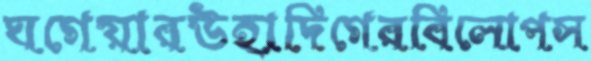
ঘগেয়ারউহাদিগেরবিলোপস